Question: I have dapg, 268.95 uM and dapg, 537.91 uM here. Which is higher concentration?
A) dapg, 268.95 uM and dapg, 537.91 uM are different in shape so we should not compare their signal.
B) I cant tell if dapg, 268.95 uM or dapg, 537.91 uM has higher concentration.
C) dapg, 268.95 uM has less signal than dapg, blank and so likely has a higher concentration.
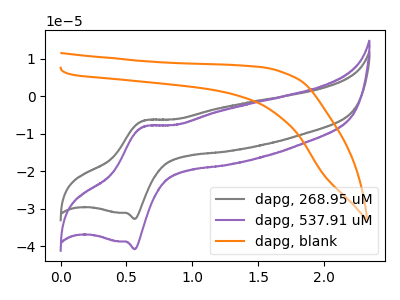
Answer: <think>The gray curve "dapg, 268.95 uM" has an anodic peak at (0.65V, -6.55uA) and a cathodic peak at (0.55V, -32.80uA). The purple curve "dapg, 537.91 uM" has an anodic peak at (0.65V, -8.15uA) and a cathodic peak at (0.55V, -40.85uA). The orange curve "dapg, blank" has no peaks.
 All the peaks in "dapg, 268.95 uM" have a peak in "dapg, 537.91 uM" at the same potential.</think>
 <answer>B) I cant tell if "dapg, 268.95 uM" or "dapg, 537.91 uM" has higher concentration.</answer>
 <eval>B</eval>